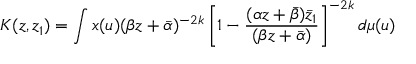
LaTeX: K ( z , z _ { 1 } ) = \int x ( u ) ( \beta z + \bar { \alpha } ) ^ { - 2 k } \left[ 1 - \frac { ( \alpha z + \bar { \beta } ) \bar { z } _ { 1 } } { ( \beta z + \bar { \alpha } ) } \right] ^ { - 2 k } d \mu ( u )